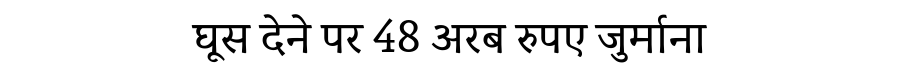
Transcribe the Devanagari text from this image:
घूस देने पर 48 अरब रुपए जुर्माना